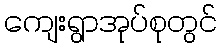
ကျေးရွာအုပ်စုတွင်